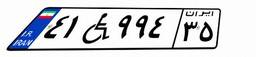
۶۴W۷۱۳۷۳